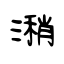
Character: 潲